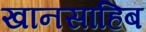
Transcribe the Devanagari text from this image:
खानसाहिब